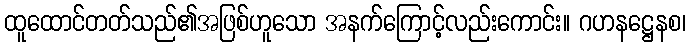
ထူထောင်တတ်သည်၏အဖြစ်ဟူသော အနက်ကြောင့်လည်းကောင်း။ ဂဟနဋ္ဌေနစ၊